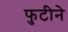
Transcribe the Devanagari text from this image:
फुटीने